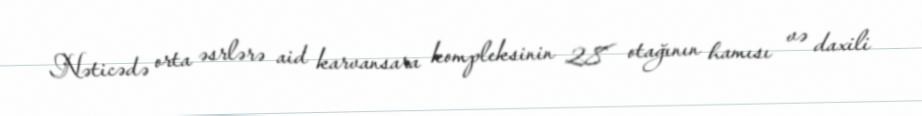
Nəticədə orta əsrlərə aid karvansara kompleksinin 28 otağının hamısı və daxili